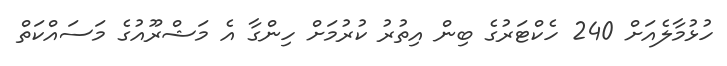
ހުޅުމާލެއަށް 240 ހެކްޓަރުގެ ބިން އިތުރު ކުރުމަށް ހިންގާ އެ މަޝްރޫއުގެ މަސައްކަތް